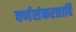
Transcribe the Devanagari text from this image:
वर्णसंकरतादि